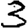
Digit: 3